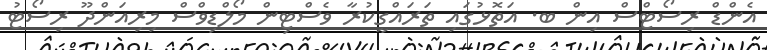
އެންޑް ރިސޯޓްސް އިން ބ. އަތޮޅުގައި ތަރައްގީކުރާ ވެސްޓިން މޯލްޑިވްސް މިރިއަންދޫ ރިސޯޓު